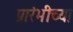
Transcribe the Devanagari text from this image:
प्रारंभीच्‍या